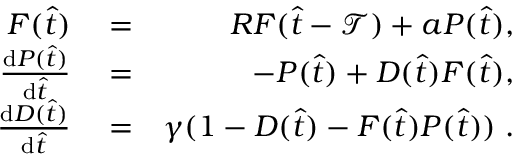
\begin{array} { r l r } { F ( \hat { t } ) } & { { } = } & { R F ( \hat { t } - \mathcal { T } ) + a P ( \hat { t } ) , } \\ { \frac { \mathrm { d } P ( \hat { t } ) } { \mathrm { d } \hat { t } } } & { { } = } & { - P ( \hat { t } ) + D ( \hat { t } ) F ( \hat { t } ) , } \\ { \frac { \mathrm { d } D ( \hat { t } ) } { \mathrm { d } \hat { t } } } & { { } = } & { \gamma ( 1 - D ( \hat { t } ) - F ( \hat { t } ) P ( \hat { t } ) ) \; . } \end{array}